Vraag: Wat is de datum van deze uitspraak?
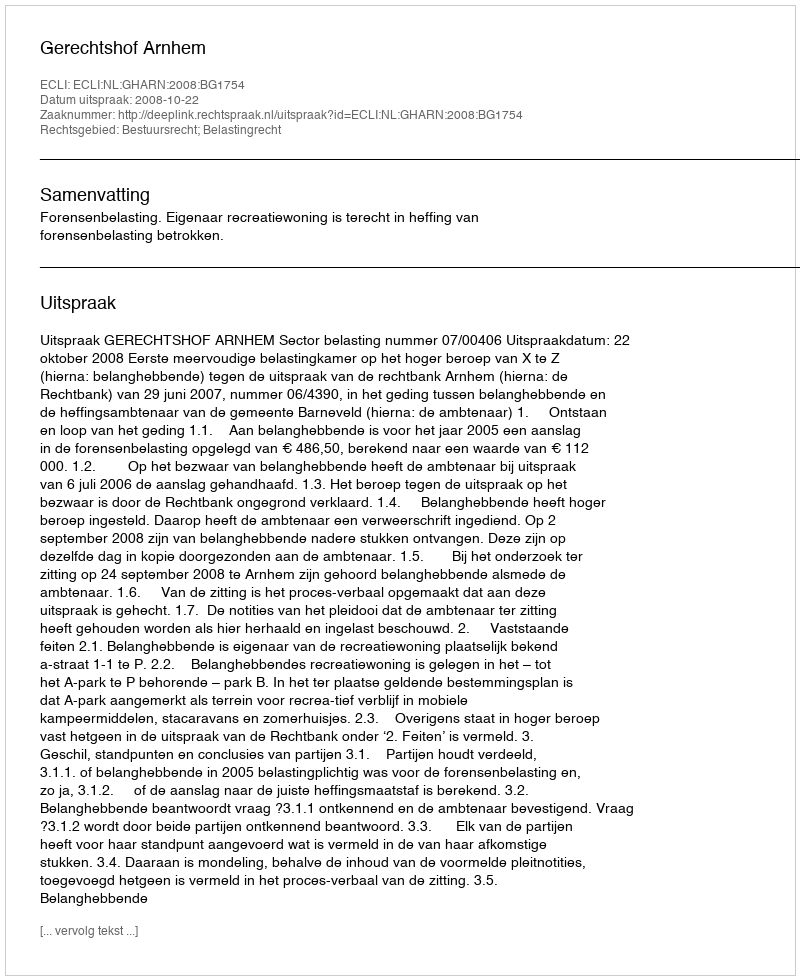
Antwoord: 2008-10-22